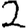
Digit: 2